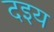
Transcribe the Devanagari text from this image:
दइय